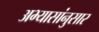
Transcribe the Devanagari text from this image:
अभ्यासांनुसार